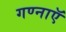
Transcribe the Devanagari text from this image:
गण्नाऍ